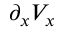
\partial _ { x } V _ { x }